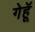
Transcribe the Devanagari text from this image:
गेहूॅ